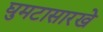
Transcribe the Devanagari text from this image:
घुमटासारखे